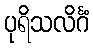
ပုရိသလိင်္ဂံ